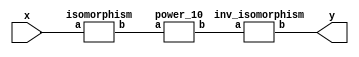
`timescale 1ns/100ps
module SMSS32_10_np_9_4(x,y);
	 input [5:0] x;
	 output [5:0] y;
	 wire [5:0] w;
	 wire [5:0] p;
	 isomorphism C2 (x,w);
	 power_10 C3 (w,p);
	 inv_isomorphism C4 (p,y);
endmodule

module add_base(a,b,c);
	 input [2:0] a;
	 input [2:0] b;
	 output [2:0] c;
	 assign c[0]=a[0]^b[0];
	 assign c[1]=a[1]^b[1];
	 assign c[2]=a[2]^b[2];
endmodule

module qube_base(a,b);
	 input [2:0] a;
	 output [2:0] b;
	 assign b[0]=a[0]^a[1]^(a[0]&a[2]);
	 assign b[1]=a[2]^(a[0]&a[1])^(a[0]&a[2]);
	 assign b[2]=a[1]^a[2]^(a[0]&a[1])^(a[1]&a[2]);
endmodule

module power_10(a,b);
	 input [5:0] a;
	 output [5:0] b;
	 wire [2:0] x_0;
	 wire [2:0] x_1;
	 wire [2:0] x_2;
	 wire [2:0] x_3;
	 wire [2:0] x_4;
	 wire [2:0] x_5;
	 wire [2:0] y_0;
	 wire [2:0] y_1;
	 assign x_0[0]=a[0];
	 assign x_0[1]=a[1];
	 assign x_0[2]=a[2];
	 assign x_1[0]=a[3];
	 assign x_1[1]=a[4];
	 assign x_1[2]=a[5];
	 add_base A1 (x_0,x_1,x_2);
	 qube_base A2 (x_2,x_3);
	 qube_base  A3 (x_0,x_4);
	 qube_base A4 (x_1,x_5);
	 add_base A5 (x_5,x_3,y_0);
	 add_base A6 (x_4,x_3,y_1);
	 assign b[0]=y_0[0];
	 assign b[1]=y_0[1];
	 assign b[2]=y_0[2];
	 assign b[3]=y_1[0];
	 assign b[4]=y_1[1];
	 assign b[5]=y_1[2];
endmodule

module inv_isomorphism(a,b);
	 input [5:0] a;
	 output [5:0] b;
	 assign b[0]=a[0]^a[3]^a[5];
	 assign b[1]=a[0]^a[2]^a[4]^a[5];
	 assign b[2]=a[3]^a[5];
	 assign b[3]=a[0]^a[3]^a[4]^a[5];
	 assign b[4]=a[0]^a[1]^a[4];
	 assign b[5]=a[3]^a[4];
endmodule

module isomorphism(a,b);
	 input [5:0] a;
	 output [5:0] b;
	 assign b[0]=a[1]^a[2]^a[5];
	 assign b[1]=a[1]^a[2];
	 assign b[2]=a[1]^a[2]^a[4];
	 assign b[3]=a[0]^a[3];
	 assign b[4]=a[0]^a[2]^a[3]^a[4]^a[5];
	 assign b[5]=a[1]^a[3];
endmodule